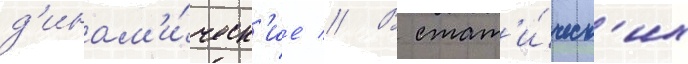
д'инам'и́ческ'ие // В стат'и́ческ'их